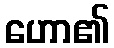
ဟော၏